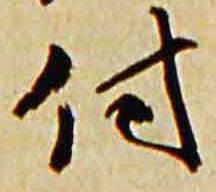
付